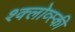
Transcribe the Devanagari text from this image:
श्क्लोव्स्की